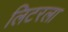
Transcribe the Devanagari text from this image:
लिटरला